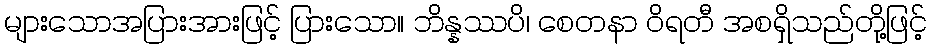
များသောအပြားအားဖြင့် ပြားသော။ ဘိန္နဿပိ၊ စေတနာ ဝိရတီ အစရှိသည်တို့ဖြင့်